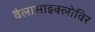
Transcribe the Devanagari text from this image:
वैलासाइक्लोविर